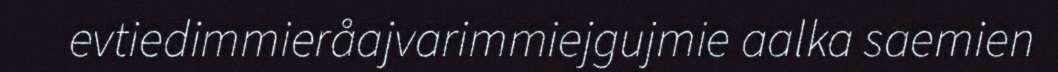
evtiedimmieråajvarimmiejgujmie aalka saemien